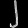
Digit: ၂